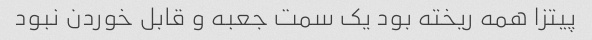
پیتزا همه ریخته بود یک سمت جعبه و قابل خوردن نبود